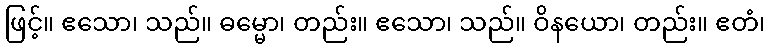
ဖြင့်။ ဧသော၊ သည်။ ဓမ္မော၊ တည်း။ ဧသော၊ သည်။ ဝိနယော၊ တည်း။ ဧတံ၊